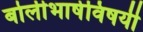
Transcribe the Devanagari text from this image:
बोलीभाषेविषयी